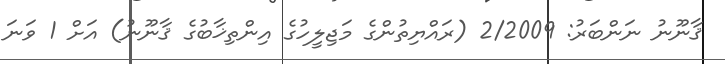
ޤާނޫނު ނަންބަރު: 2/2009 (ރައްޔިތުންގެ މަޖިލީހުގެ އިންތިޚާބުގެ ޤާނޫނު) އަށް 1 ވަނަ